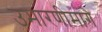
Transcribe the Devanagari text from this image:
उभारणीमागे